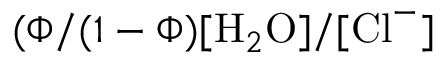
( \Phi / ( 1 - \Phi ) [ \mathrm { H } _ { 2 } \mathrm { O } ] / [ \mathrm { C l } ^ { - } ]